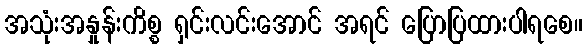
အသုံးအနှုန်းကိစ္စ ရှင်းလင်းအောင် အရင် ပြောပြထားပါရစေ။